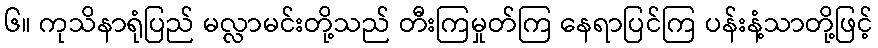
၆။ ကုသိနာရုံပြည် မလ္လာမင်းတို့သည် တီးကြမှုတ်ကြ နေရာပြင်ကြ ပန်းနံ့သာတို့ဖြင့်